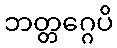
ဘတ္တဂ္ဂေပိ